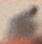
Text: 6